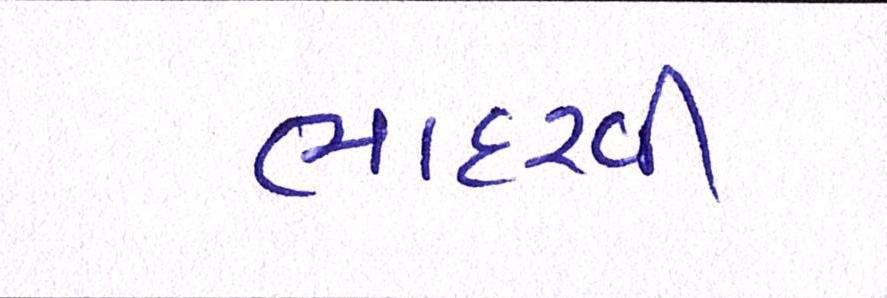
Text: ભાદરવી